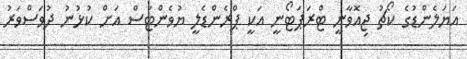
އަޔަލެންޑުގެ ކޯޗު ޖިއޮވާނީ ޓްރަޕަޓޯނީ އަކީ ޕްރެންޑެލީ ޔުވެންޓަސް އަށް ކުޅުނު ދުވަސްވަރު